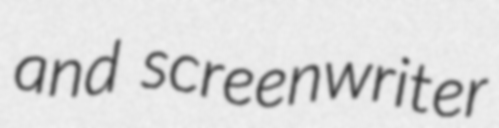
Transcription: and screenwriter